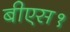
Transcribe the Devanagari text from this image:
बीएस१